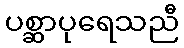
ပစ္ဆာပုရေသညီ